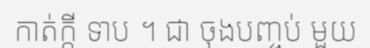
កាត់ក្តី ទាប ។ ជា ចុងបញ្ចប់ មួយ